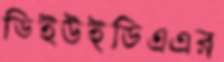
ডিইউইডিএএর